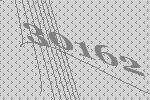
30162